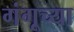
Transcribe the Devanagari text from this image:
गंगूच्या